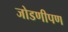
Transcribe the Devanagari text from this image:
जोडणीपण